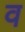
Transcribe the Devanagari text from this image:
व